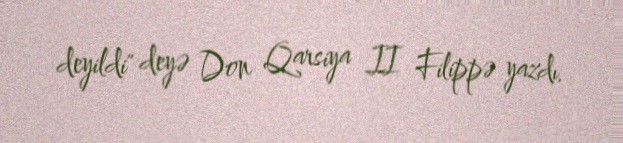
deyildi" deyə Don Qarsiya II Filippə yazdı.